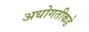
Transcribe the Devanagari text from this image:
अधोगतीकडे